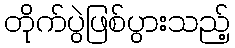
တိုက်ပွဲဖြစ်ပွားသည့်